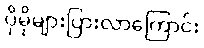
ပိုမိုများပြားလာကြောင်း